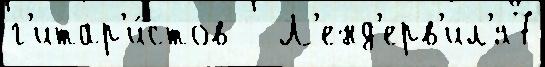
г'итар'и́стов   Л'енд'ерв'ил'я7